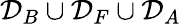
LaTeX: \mathcal{D}_{B}\cup\mathcal{D}_{F}\cup\mathcal{D}_{A}